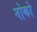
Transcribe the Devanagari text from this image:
नोको